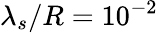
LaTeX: \lambda_{s}/R=10^{-2}